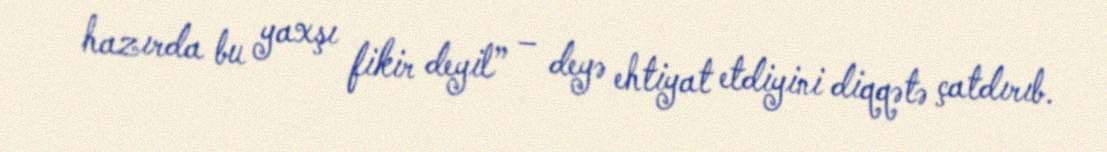
hazırda bu yaxşı fikir deyil” – deyə ehtiyat etdiyini diqqətə çatdırıb.